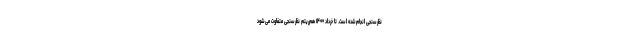
نظرسنجی انجام‌شده است. تا خرداد ۱۴۰۰ هم‌ریتم نظرسنجی متفاوت می‌شود